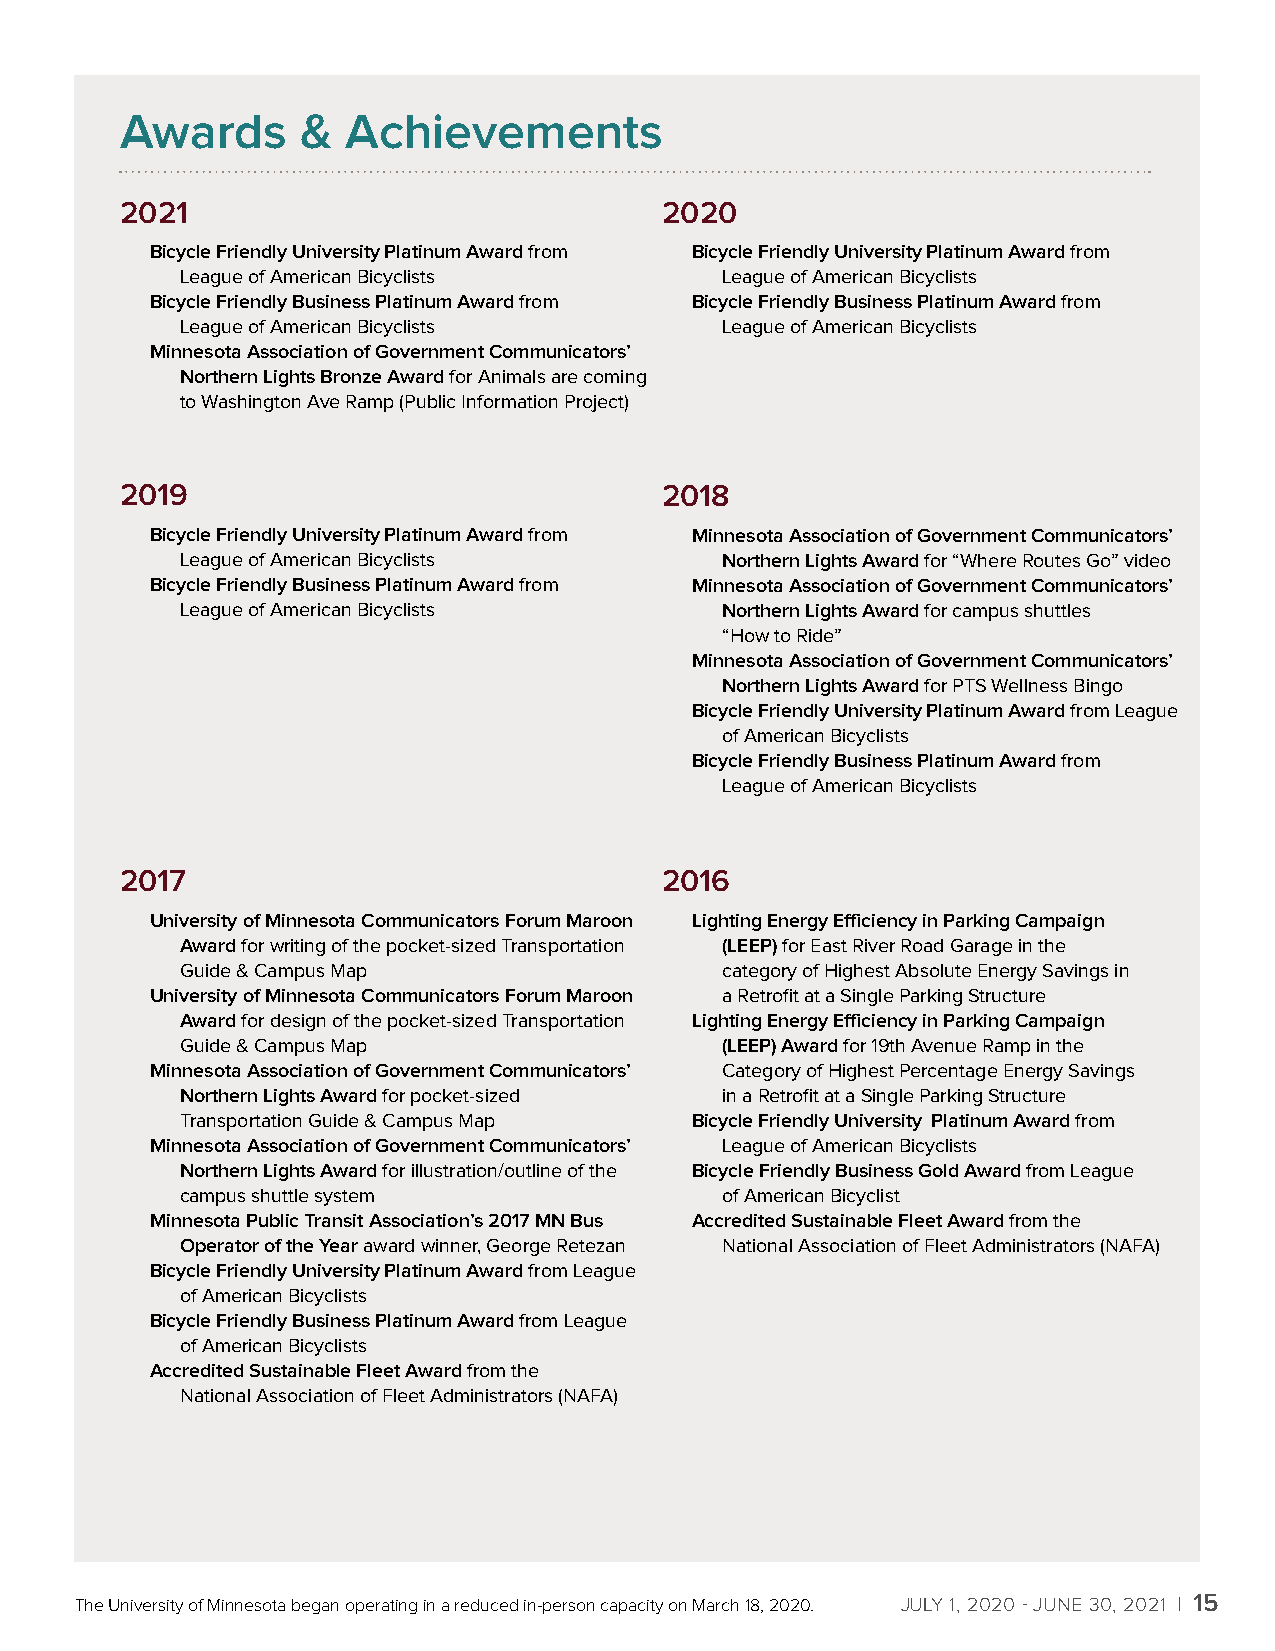
Awards      &  Achievements
 2021                                2020
 Bicycle Friendly University Platinum Award from Bicycle Friendly University Platinum Award from
 League of American Bicyclists       League of American Bicyclists
 Bicycle Friendly Business Platinum Award from Bicycle Friendly Business Platinum Award from
 League of American Bicyclists       League of American Bicyclists
 Minnesota Association of Government Communicators’
 Northern Lights Bronze Award for Animals are coming
 to Washington Ave Ramp (Public Information Project)
 2019                                2018
 Bicycle Friendly University Platinum Award from Minnesota Association of Government Communicators’
 League of American Bicyclists       Northern Lights Award for “Where Routes Go” video
 Bicycle Friendly Business Platinum Award from Minnesota Association of Government Communicators’
 League of American Bicyclists       Northern Lights Award for campus shuttles
 “How to Ride”
 Minnesota Association of Government Communicators’
 Northern Lights Award for PTS Wellness Bingo
 Bicycle Friendly University Platinum Award from League
 of American Bicyclists
 Bicycle Friendly Business Platinum Award from
 League of American Bicyclists
 2017                                2016
 University of Minnesota Communicators Forum Maroon Lighting Energy Efficiency in Parking Campaign
 Award for writing of the pocket-sized Transportation (LEEP) for East River Road Garage in the
 Guide & Campus Map                  category of Highest Absolute Energy Savings in
 University of Minnesota Communicators Forum Maroon a Retrofit at a Single Parking Structure
 Award for design of the pocket-sized Transportation Lighting Energy Efficiency in Parking Campaign
 Guide & Campus Map                  (LEEP) Award for 19th Avenue Ramp in the
 Minnesota Association of Government Communicators’ Category of Highest Percentage Energy Savings
 Northern Lights Award for pocket-sized in a Retrofit at a Single Parking Structure
 Transportation Guide & Campus Map Bicycle Friendly University Platinum Award from
 Minnesota Association of Government Communicators’ League of American Bicyclists
 Northern Lights Award for illustration/outline of the Bicycle Friendly Business Gold Award from League
 campus shuttle system               of American Bicyclist
 Minnesota Public Transit Association’s 2017 MN Bus Accredited Sustainable Fleet Award from the
 Operator of the Year award winner, George Retezan National Association of Fleet Administrators (NAFA)
 Bicycle Friendly University Platinum Award from League
 of American Bicyclists
 Bicycle Friendly Business Platinum Award from League
 of American Bicyclists
 Accredited Sustainable Fleet Award from the
 National Association of Fleet Administrators (NAFA)
 The University of Minnesota began operating in a reduced in-person capacity on March 18, 2020. JULY 1, 2020 - JUNE 30, 2021 x 15